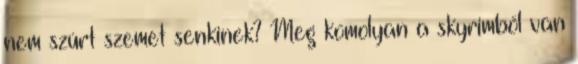
nem szúrt szemet senkinek? Meg komolyan a skyrimből van